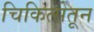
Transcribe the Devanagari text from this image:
चिकित्सेतून